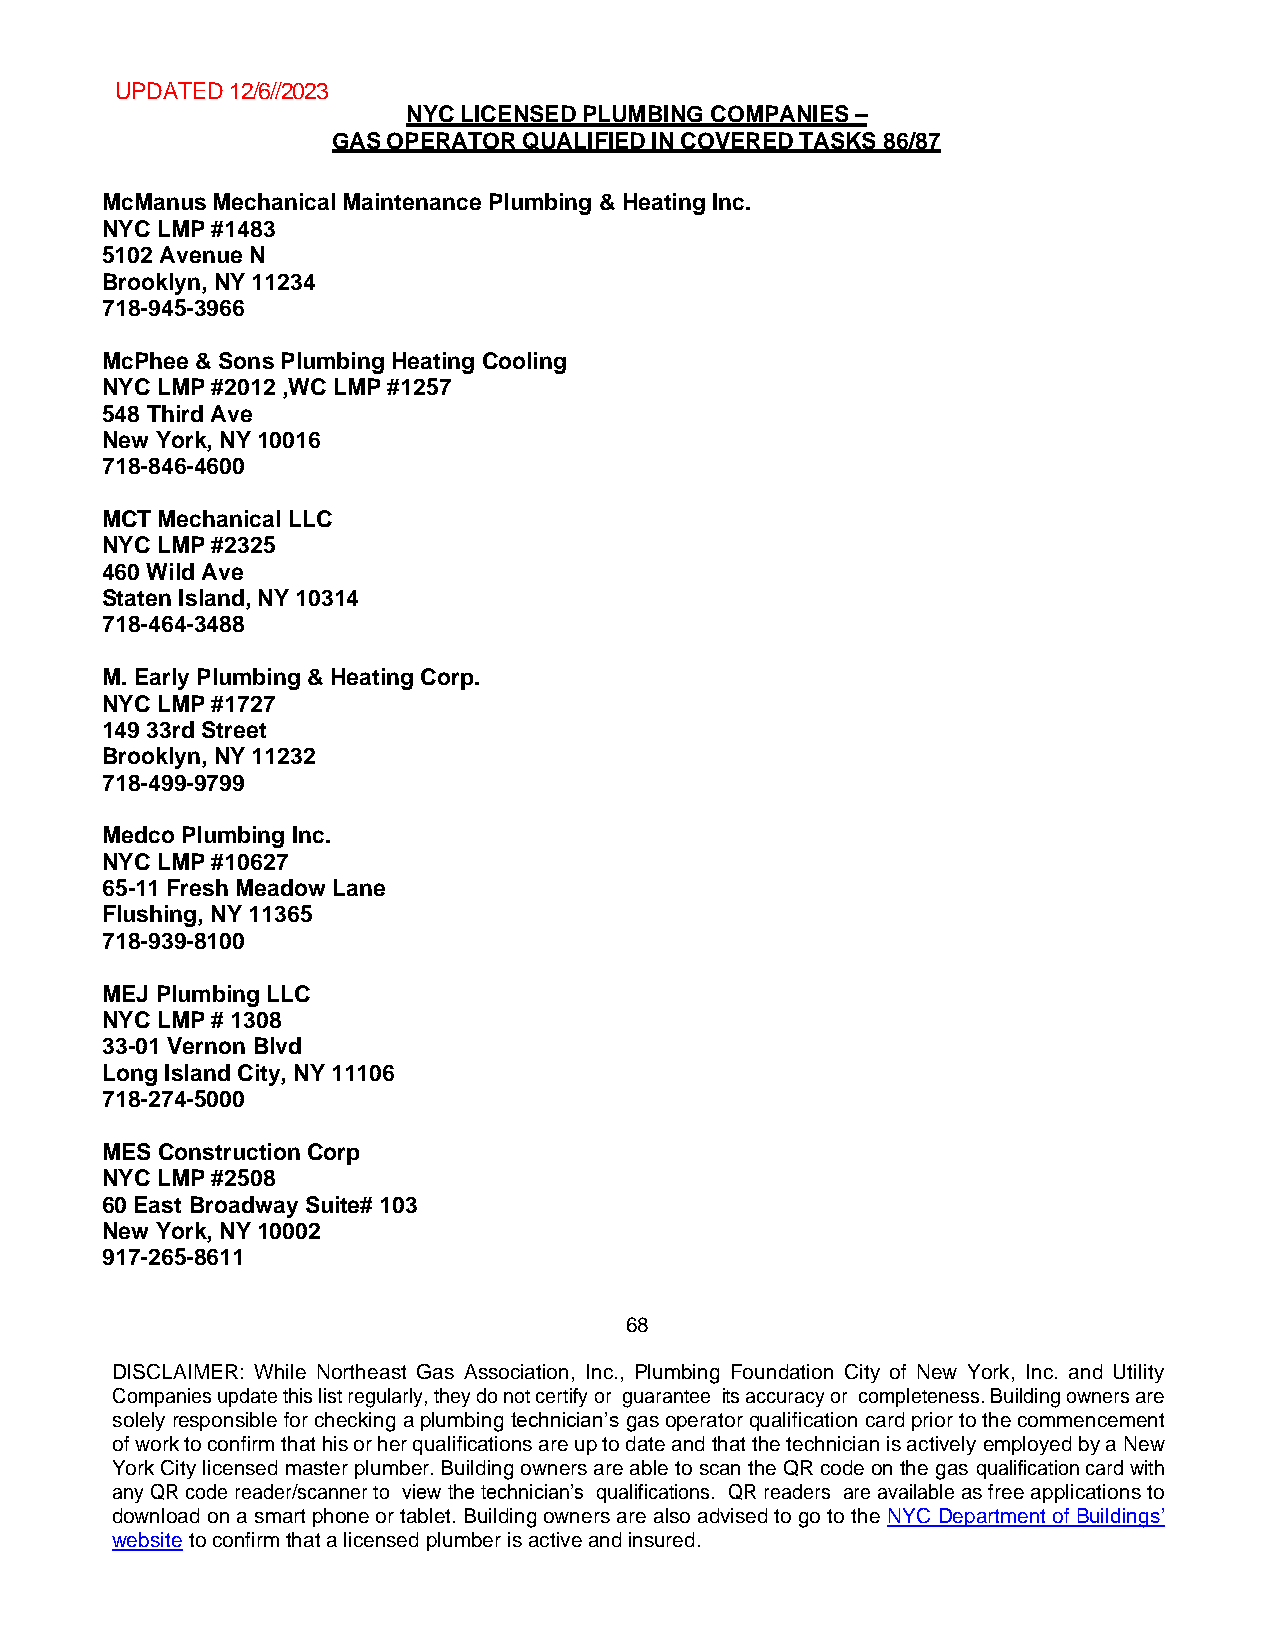
UPDATED 12/6//2023
 NYC LICENSED PLUMBING COMPANIES –
 GAS OPERATOR QUALIFIED IN COVERED TASKS 86/87
 McManus Mechanical Maintenance Plumbing & Heating Inc.
 NYC LMP #1483
 5102 Avenue N
 Brooklyn, NY 11234
 718-945-3966
 McPhee & Sons Plumbing Heating Cooling
 NYC LMP #2012 ,WC LMP #1257
 548 Third Ave
 New York, NY 10016
 718-846-4600
 MCT Mechanical LLC
 NYC LMP #2325
 460 Wild Ave
 Staten Island, NY 10314
 718-464-3488
 M. Early Plumbing & Heating Corp.
 NYC LMP #1727
 149 33rd Street
 Brooklyn, NY 11232
 718-499-9799
 Medco Plumbing Inc.
 NYC LMP #10627
 65-11 Fresh Meadow Lane
 Flushing, NY 11365
 718-939-8100
 MEJ Plumbing LLC
 NYC LMP # 1308
 33-01 Vernon Blvd
 Long Island City, NY 11106
 718-274-5000
 MES Construction Corp
 NYC LMP #2508
 60 East Broadway Suite# 103
 New York, NY 10002
 917-265-8611
 68
 DISCLAIMER: While Northeast Gas Association, Inc., Plumbing Foundation City of New York, Inc. and Utility
 Companies update this list regularly, they do not certify or guarantee its accuracy or completeness. Building owners are
 solely responsible for checking a plumbing technician’s gas operator qualification card prior to the commencement
 of work to confirm that his or her qualifications are up to date and that the technician is actively employed by a New
 York City licensed master plumber. Building owners are able to scan the QR code on the gas qualification card with
 any QR code reader/scanner to view the technician’s qualifications. QR readers are available as free applications to
 download on a smart phone or tablet. Building owners are also advised to go to the NYC Department of Buildings’
 website to confirm that a licensed plumber is active and insured.